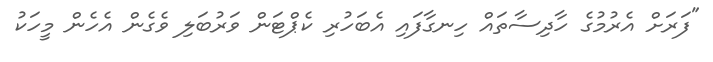
"ފަރަށް އެރުމުގެ ހާދިސާތައް ހިނގާފައި އެބަހުރި ކެޕްޓަން ވަރުބަލި ވެގެން އެހެން މީހަކު